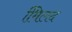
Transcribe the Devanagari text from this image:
मििलद